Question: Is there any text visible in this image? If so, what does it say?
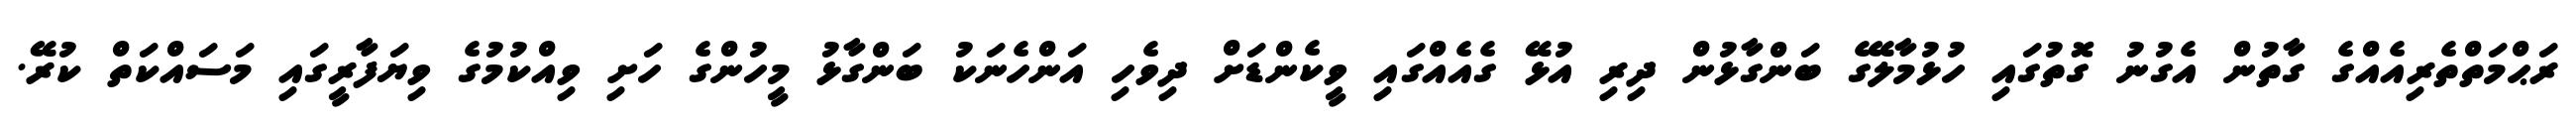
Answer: ރަޙްމަތްތެރިއެއްގެ ގާތުން އެގުނު ގޮތުގައި ހުޅުމާލޭގެ ބަންގާޅުން ދިރި އުޅޭ ގެއެއްގައި ވީކެންޑަށް ދިވެހި އަންހެނަކު ބަންގާޅު މީހުންގެ ހަށި ވިއްކުމުގެ ވިޔަފާރީގައި މަސައްކަތް ކުރޭ.